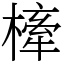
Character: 㯠